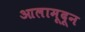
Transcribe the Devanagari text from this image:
आलामूदून